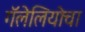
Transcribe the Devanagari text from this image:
गॅलेलियोचा